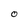
Character: 0